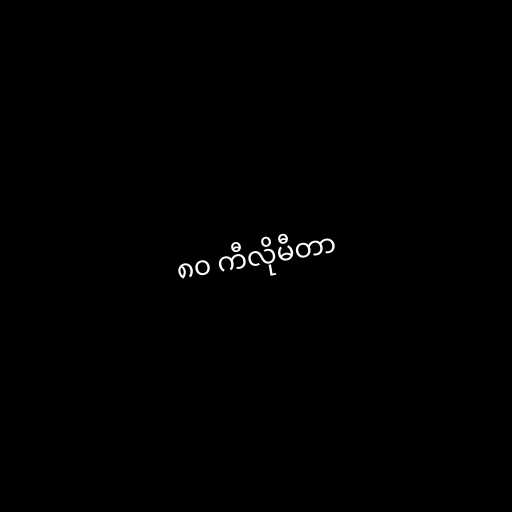
၈၀ ကီလိုမီတာ